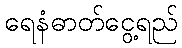
ရေနံဓာတ်ငွေ့ရည်